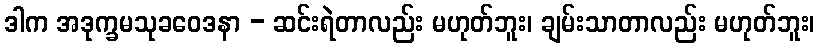
ဒါက အဒုက္ခမသုခဝေဒနာ - ဆင်းရဲတာလည်း မဟုတ်ဘူး၊ ချမ်းသာတာလည်း မဟုတ်ဘူး၊